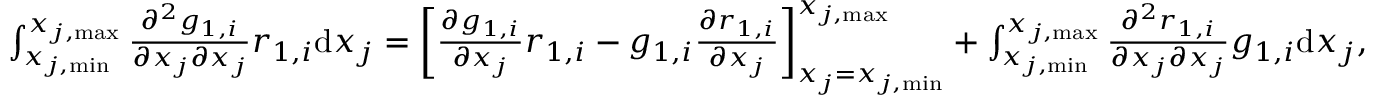
\begin{array} { r } { \int _ { x _ { j , \mathrm { m i n } } } ^ { x _ { j , \mathrm { m a x } } } { \frac { \partial ^ { 2 } g _ { 1 , i } } { \partial x _ { j } \partial x _ { j } } r _ { 1 , i } } \mathrm { d } x _ { j } = \left[ \frac { \partial g _ { 1 , i } } { \partial x _ { j } } r _ { 1 , i } - g _ { 1 , i } \frac { \partial r _ { 1 , i } } { \partial x _ { j } } \right] _ { x _ { j } = x _ { j , \mathrm { m i n } } } ^ { x _ { j , \mathrm { m a x } } } + \int _ { x _ { j , \mathrm { m i n } } } ^ { x _ { j , \mathrm { m a x } } } { \frac { \partial ^ { 2 } r _ { 1 , i } } { \partial x _ { j } \partial x _ { j } } g _ { 1 , i } } \mathrm { d } x _ { j } , } \end{array}